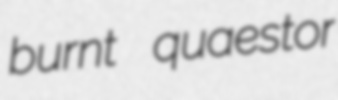
burnt quaestor